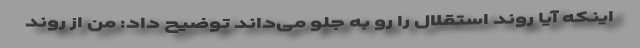
اینکه آیا روند استقلال را رو به جلو می‌داند توضیح داد: من از روند